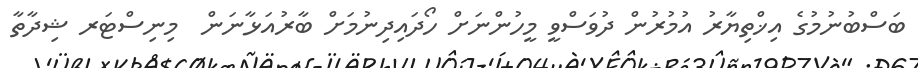
ބަސްބުނުމުގެ އިޚްތިޔާރު އުމުރުން ދުވަސްވީ މީހުންނަށް ހޯދައިދިނުމަށް ބާރުއަޅާނަން  މިނިސްޓަރ ޝިދާތާ